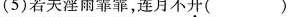
((5)若夫淫雨霏霏，连月不开( )